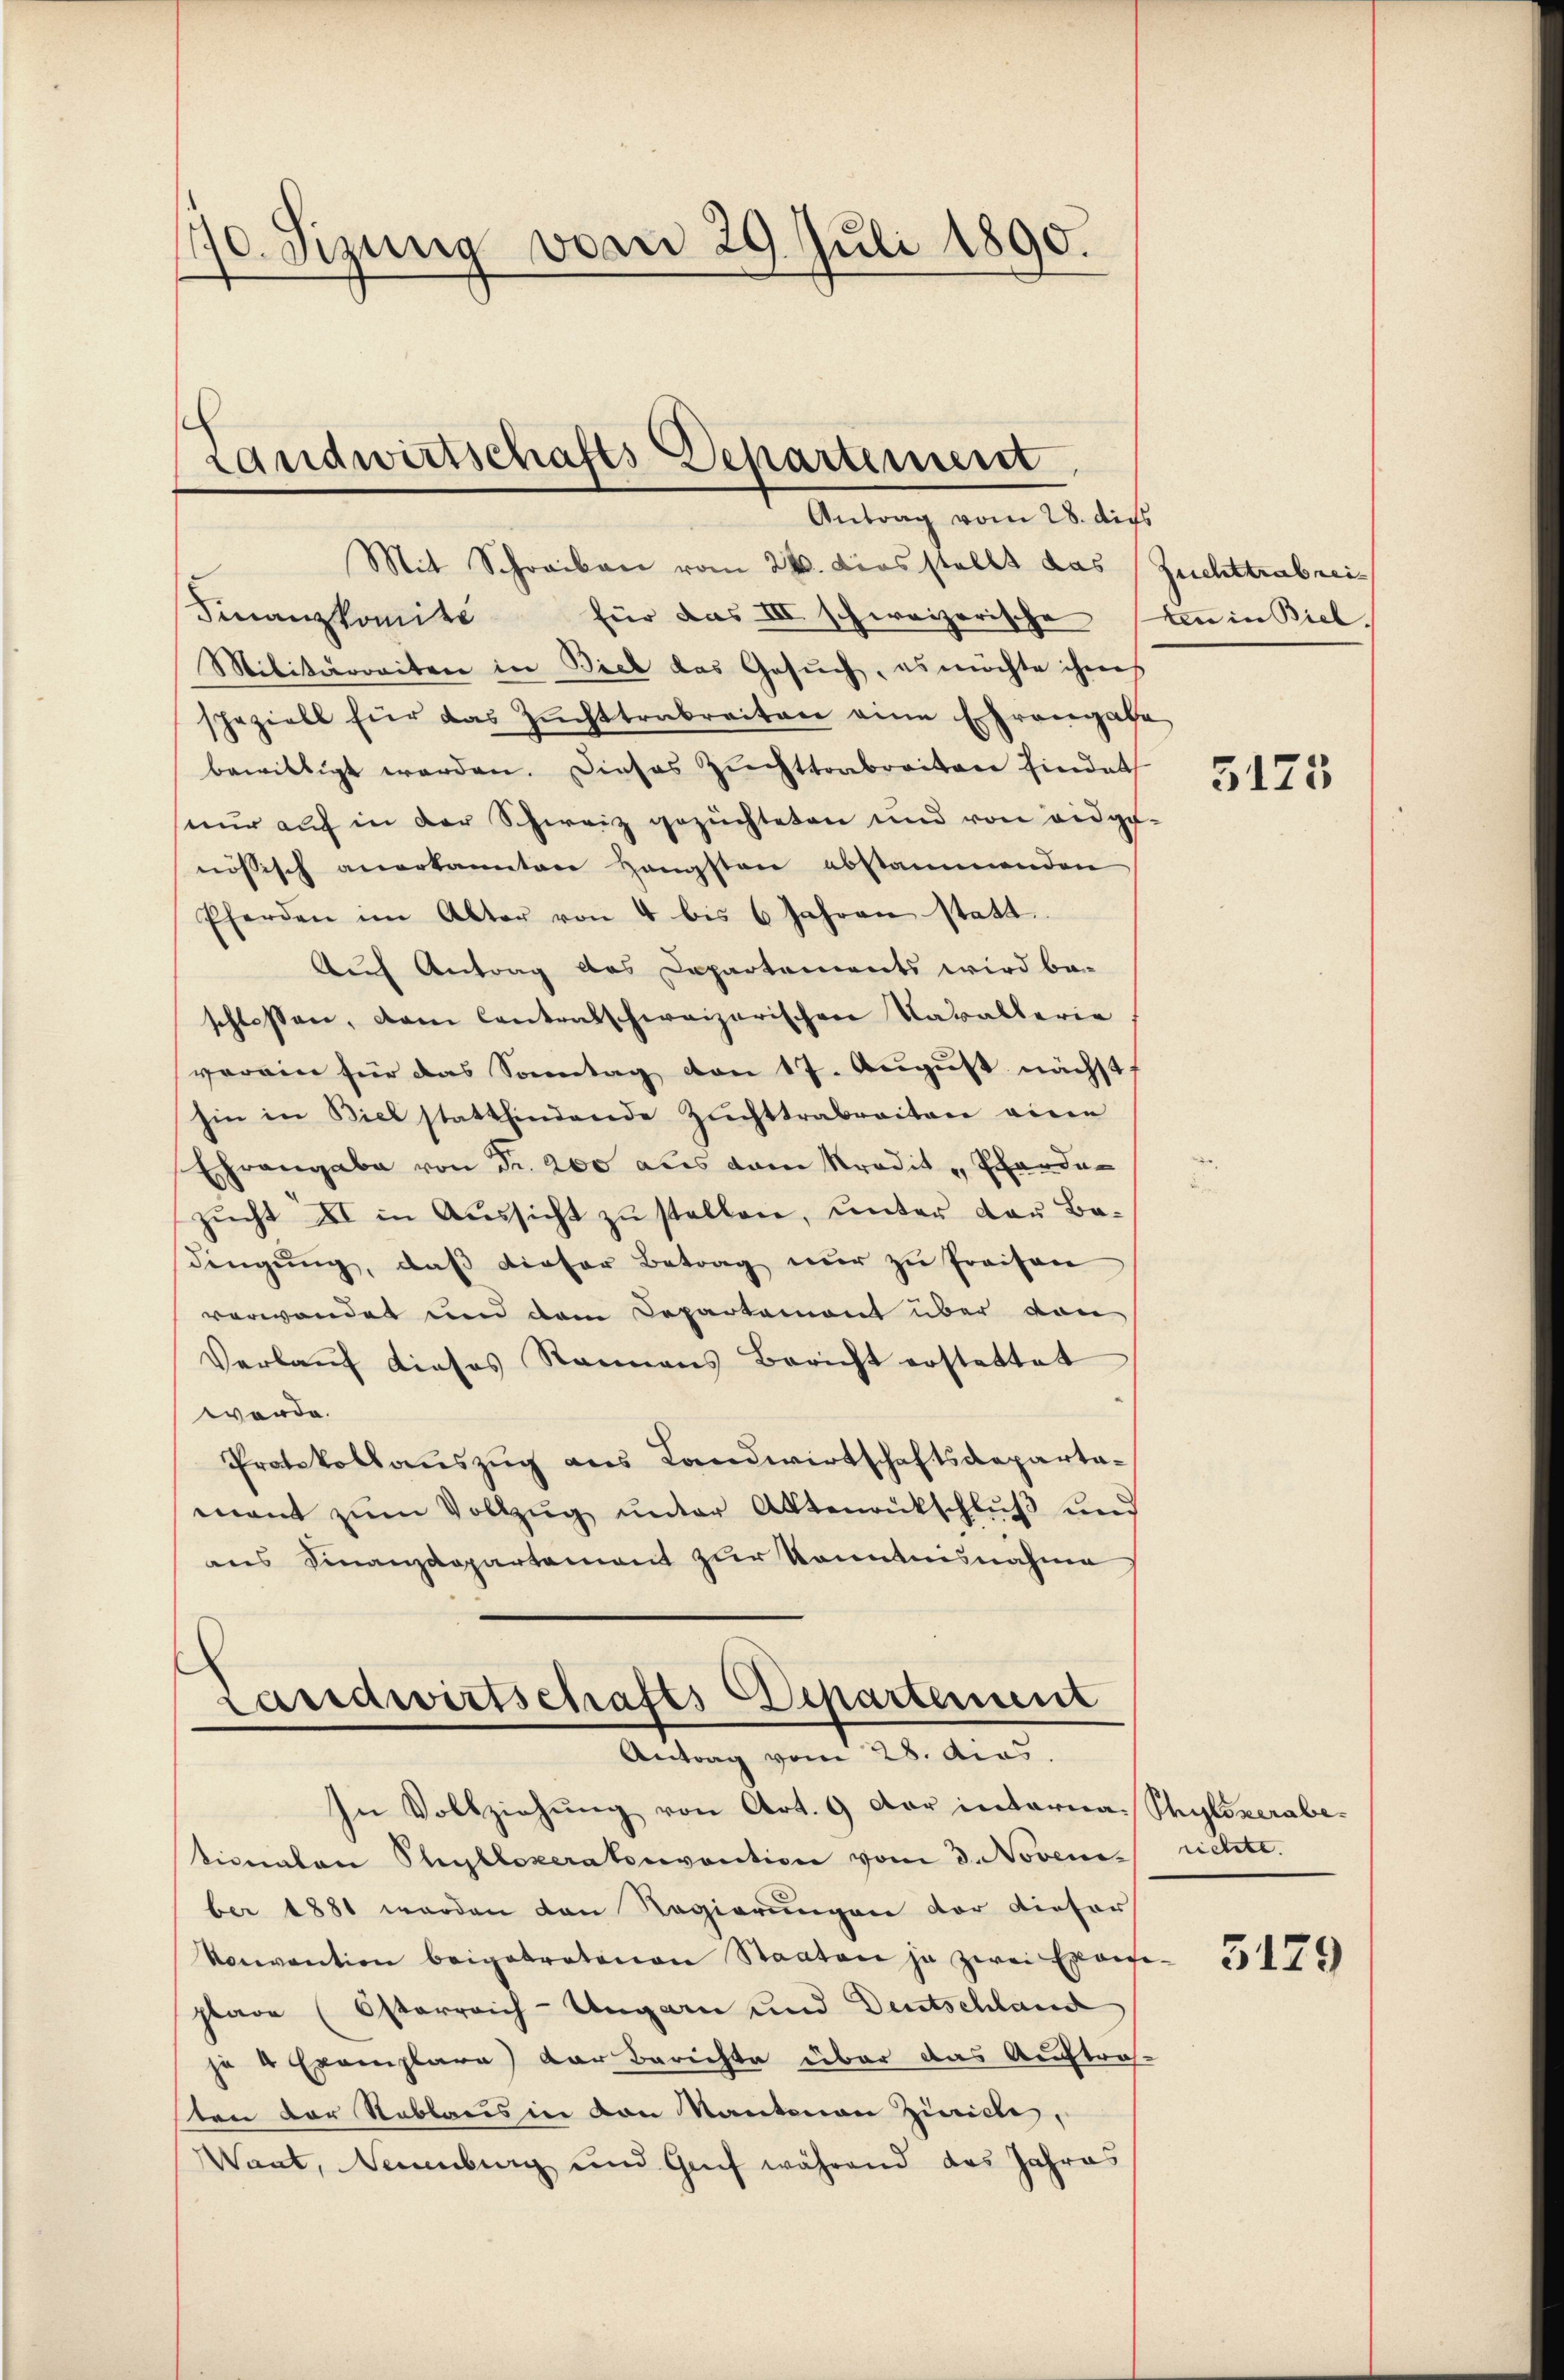
170. Sizung vom 29. Juli 1890.

Landwirtschafts Departement

Antrag vom 28. dies

Landwirtschafts-Departement
Antrag vom 28. dies

Mit Schreiben vom 24. dies stellt das
Finanzkomite für das III schweizerische an in Biel.
Militärreiten in Bieb das Gesŭch, es möchte ihres
sheziell für das Zŭchttrabreiten eine Ehrengabe
bewilligt werden. Dieses Zuchttrabreiten findet
seur auf in der Schweiz gezüchteten und von eidge-
nössisch anerkannten Hängsten abstammenden
Pferden im Alter von 4 bis 6 Jahren statt.
Auf Antrag das Departements wird be-
schlossen, dem Contralschweizerischen Kavallerie
verein für das Sonntag von 17. August nächst:
hin in Biel stattfindende Zŭchttrabreiten eine
Ehrangabe von Fr. 200 aus dem Kredit Pardazŭcht XI in Aussicht zu stellen, unter der Badingung, daß dieser Betrag nur zu fraisen
verwendet und dem Departement über von
Verlaŭf dieses Stammens Bericht erstattet
werde.
Protokollauszug aus Landwirtschaftsdeparta-
mant zŭm Vollzŭg ŭnter Aktenrütschlŭβ und
ans Finanzdepartement zur Kenntnisnahme

In Vollziehŭng von Art. 9 der interna-Phylozerabetionalen Phylloperatonvention vom 3. Noveni
ber 1881 werden den Regierungen der dieser
Konvention beigebratenen Staaten ja zwei Exowe-
plare (Osterreich-Ungarn und Deutschland
je 4 Exemplare der Berichte über das Auftra-
ten der Stablais in von Kantonen Zürich,
Want, Neuenburg und Greif während das Jahres

Zuchttrabrei¬

5175

richte.

5179